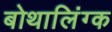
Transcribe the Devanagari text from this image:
बोथालिंग्क